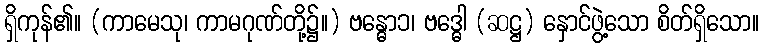
ရှိကုန်၏။ (ကာမေသု၊ ကာမဂုဏ်တို့၌။) ဗန္ဓော၁၊ ဗဒ္ဓေါ (ဆဋ္ဌ) နှောင်ဖွဲ့သော စိတ်ရှိသော။